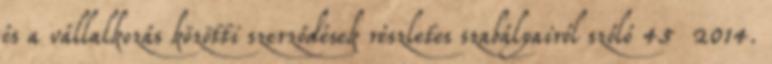
és a vállalkozás közötti szerződések részletes szabályairól szóló 45 2014.